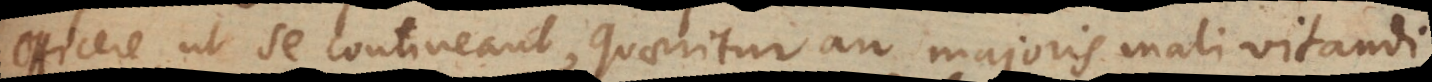
efficere ut se contineant, quaeritur an majoris mali vitandi